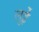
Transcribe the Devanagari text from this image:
लुईे